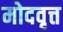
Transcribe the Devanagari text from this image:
मोदवृत्त